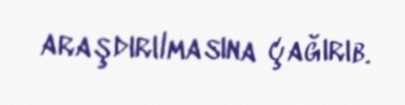
araşdırılmasına çağırıb.